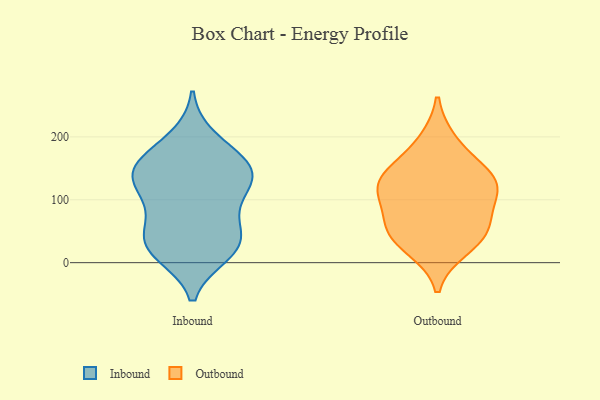
{"axis": {"x": "Demand Index", "y": "Value"}, "legend": ["Inbound", "Outbound"], "data": [{"x": "", "y": 138, "type": "Inbound"}, {"x": "", "y": 137, "type": "Inbound"}, {"x": "", "y": 30, "type": "Inbound"}, {"x": "", "y": 43, "type": "Inbound"}, {"x": "", "y": 28, "type": "Inbound"}, {"x": "", "y": 22, "type": "Inbound"}, {"x": "", "y": 67, "type": "Inbound"}, {"x": "", "y": 15, "type": "Inbound"}, {"x": "", "y": 151, "type": "Inbound"}, {"x": "", "y": 111, "type": "Inbound"}, {"x": "", "y": 141, "type": "Inbound"}, {"x": "", "y": 96, "type": "Inbound"}, {"x": "", "y": 148, "type": "Inbound"}, {"x": "", "y": 197, "type": "Inbound"}, {"x": "", "y": 172, "type": "Inbound"}, {"x": "", "y": 59, "type": "Outbound"}, {"x": "", "y": 111, "type": "Outbound"}, {"x": "", "y": 192, "type": "Outbound"}, {"x": "", "y": 137, "type": "Outbound"}, {"x": "", "y": 145, "type": "Outbound"}, {"x": "", "y": 54, "type": "Outbound"}, {"x": "", "y": 109, "type": "Outbound"}, {"x": "", "y": 124, "type": "Outbound"}, {"x": "", "y": 45, "type": "Outbound"}, {"x": "", "y": 24, "type": "Outbound"}]}